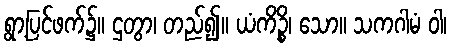
ရွာ့ပြင်ဖက်၌။ ဌတွာ၊ တည်၍။ ယံကိဉ္စိ၊ သော။ သကဂါမံ ဝါ၊